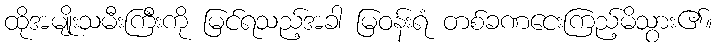
ထိုအမျိုးသမီးကြီးကို မြင်ရသည့်အခါ မြဝန်းရံ တစ်ခဏငေးကြည့်မိသွား၏။